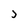
Character: J